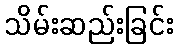
သိမ်းဆည်းခြင်း